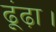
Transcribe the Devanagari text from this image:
ढूंढ़ा।